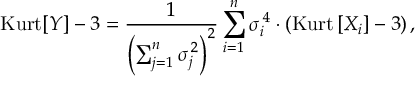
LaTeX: \operatorname { K u r t } [ Y ] - 3 = { \frac { 1 } { \left( \sum _ { j = 1 } ^ { n } \sigma _ { j } ^ { \, 2 } \right) ^ { 2 } } } \sum _ { i = 1 } ^ { n } \sigma _ { i } ^ { \, 4 } \cdot \left( \operatorname { K u r t } \left[ X _ { i } \right] - 3 \right) ,